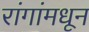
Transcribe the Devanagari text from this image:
रांगांमधून